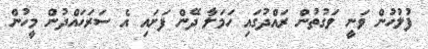
ފުލުހުން ވަނީ ވަގުތުން ރައްދުގައި ހަމަލާ ދޭން ފަށައި އެ ސަރަހައްދުން މީހުން